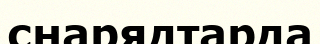
снарядтарда